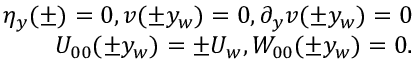
\begin{array} { r } { \eta _ { y } ( \pm ) = 0 , v ( \pm y _ { w } ) = 0 , \partial _ { y } v ( \pm y _ { w } ) = 0 } \\ { U _ { 0 0 } ( \pm y _ { w } ) = \pm U _ { w } , W _ { 0 0 } ( \pm y _ { w } ) = 0 . } \end{array}